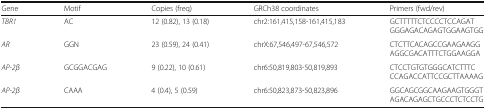
<table><thead><tr><td><b>Gene</b></td><td><b>Motif</b></td><td><b>Copies (freq)</b></td><td><b>GRCh38 coordinates</b></td><td><b>Primers (fwd/rev)</b></td></tr></thead><tbody><tr><td><i>TBR1</i></td><td>AC</td><td>12 (0.82), 13 (0.18)</td><td>chr2:161,415,158-161,415,183</td><td>GCTTTTTCTCCCCTCCAGATGGGAGACAGAGTGGAAGTGG</td></tr><tr><td><i>AR</i></td><td>GGN</td><td>23 (0.59), 24 (0.41)</td><td>chrX:67,546,497-67,546,572</td><td>CTCTTCACAGCCGAAGAAGGAGGCGACATTTCTGGAAGGA</td></tr><tr><td><i>AP-2β</i></td><td>GCGGACGAG</td><td>9 (0.22), 10 (0.61)</td><td>chr6:50,819,803-50,819,893</td><td>CTCCTGTGTGGGCATCTTTCCCAGACCATTCCGCTTAAAAG</td></tr><tr><td><i>AP-2β</i></td><td>CAAA</td><td>4 (0.4), 5 (0.59)</td><td>chr6:50,823,873-50,823,896</td><td>GGCAGCGGCAAGAAGTGGGTAGACAGAGCTGCCCTCTCCTG</td></tr></tbody></table>